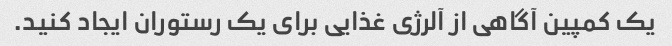
یک کمپین آگاهی از آلرژی غذایی برای یک رستوران ایجاد کنید.